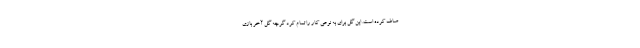
صاف کرده است. این گل برای به نوعی کار را تمام کرد گرچه گل آخر بازی